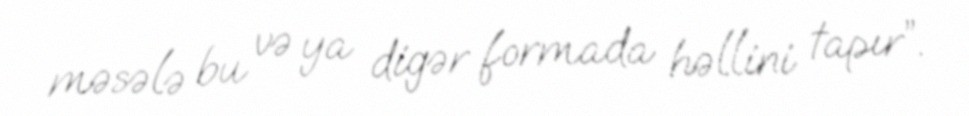
məsələ bu və ya digər formada həllini tapır”.